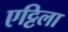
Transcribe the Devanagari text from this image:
एट्टिला